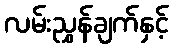
လမ်းညွှန်ချက်နှင့်